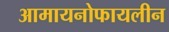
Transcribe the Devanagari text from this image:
आमायनोफायलीन